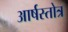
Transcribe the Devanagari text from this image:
आर्षस्तोत्र